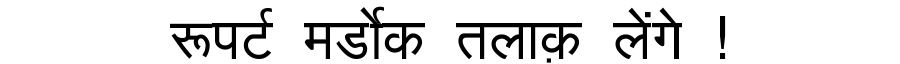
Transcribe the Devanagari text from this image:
रूपर्ट मर्डोक तलाक़ लेंगे !